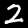
Label: 2